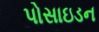
પોસાઇડન